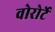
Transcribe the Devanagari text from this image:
वोरोर्टे